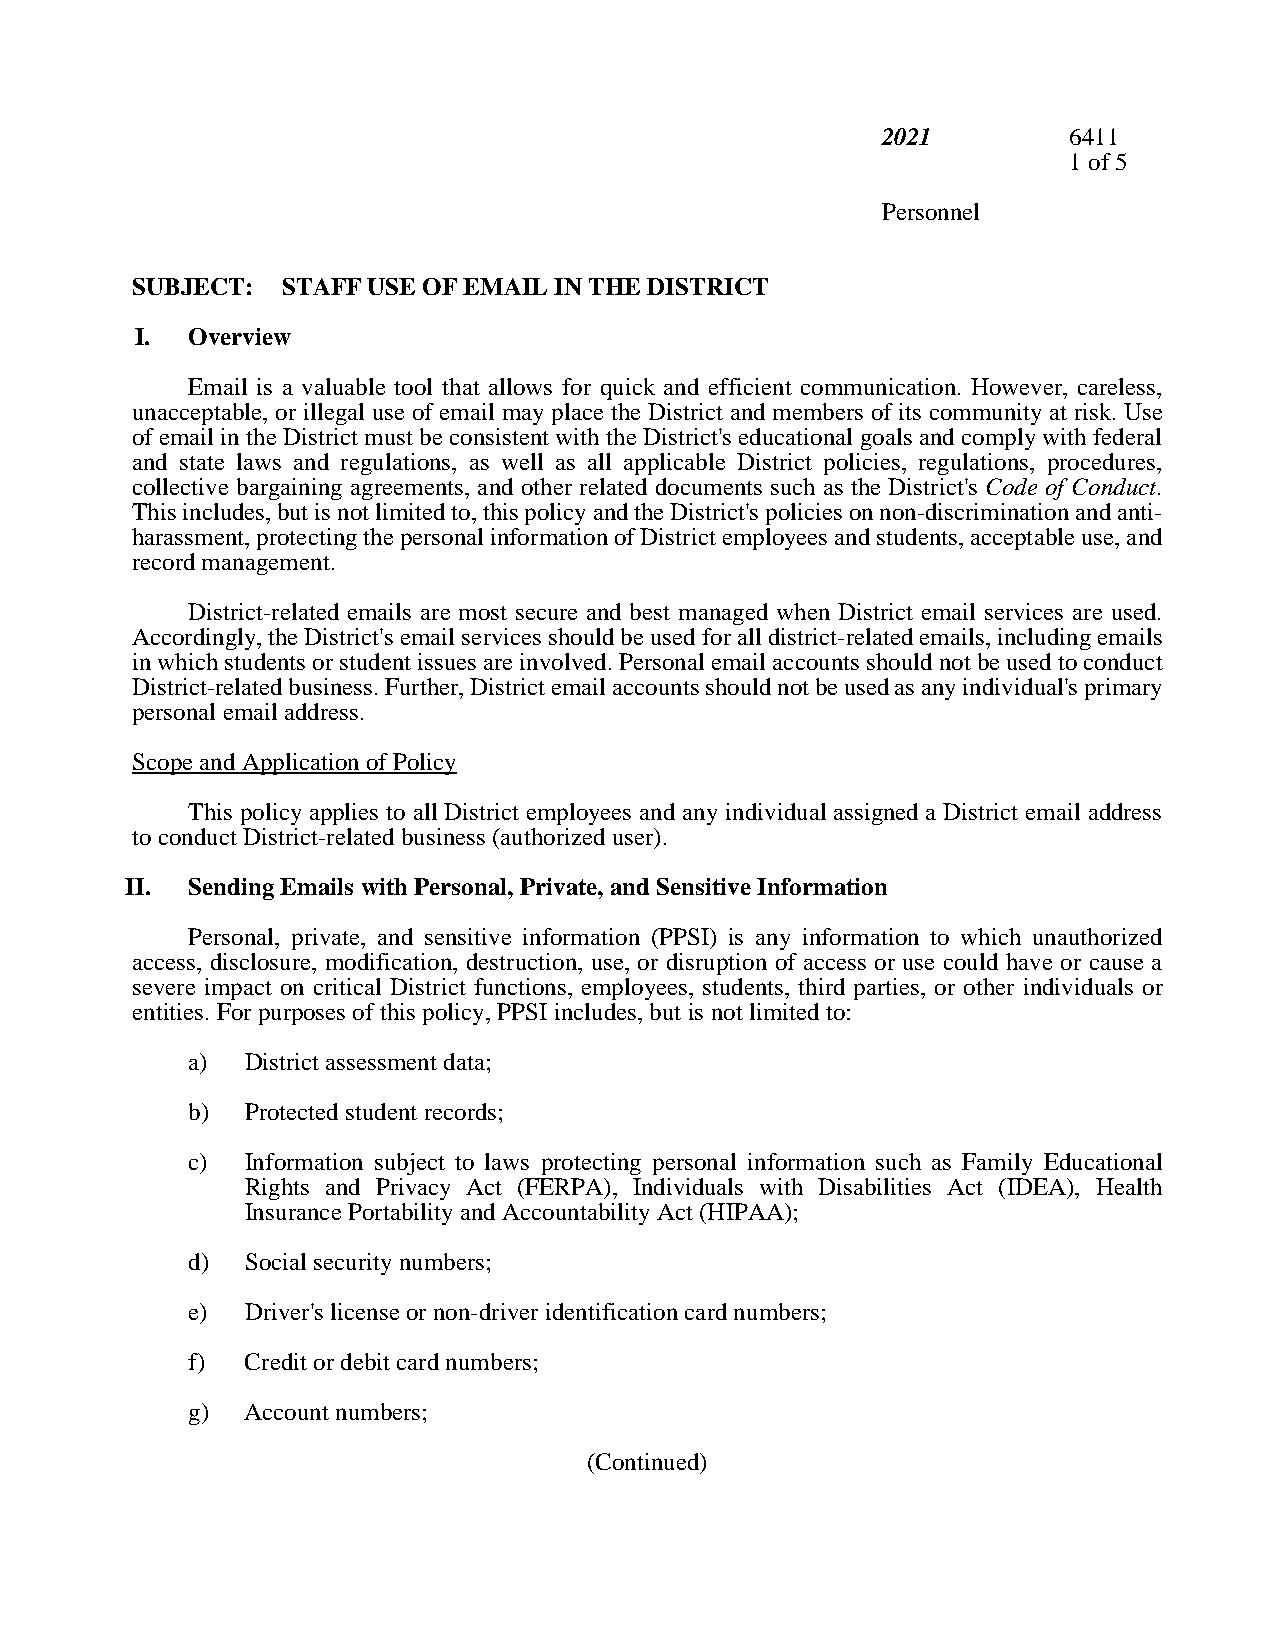
2021         6411
 1 of 5
 Personnel
 SUBJECT:  STAFF USE OF EMAIL IN THE DISTRICT
 I. Overview
 Email is a valuable tool that allows for quick and efficient communication. However, careless,
 unacceptable, or illegal use of email may place the District and members of its community at risk. Use
 of email in the District must be consistent with the District's educational goals and comply with federal
 and state laws and regulations, as well as all applicable District policies, regulations, procedures,
 collective bargaining agreements, and other related documents such as the District's Code of Conduct.
 This includes, but is not limited to, this policy and the District's policies on non-discrimination and anti-
 harassment, protecting the personal information of District employees and students, acceptable use, and
 record management.
 District-related emails are most secure and best managed when District email services are used.
 Accordingly, the District's email services should be used for all district-related emails, including emails
 in which students or student issues are involved. Personal email accounts should not be used to conduct
 District-related business. Further, District email accounts should not be used as any individual's primary
 personal email address.
 Scope and Application of Policy
 This policy applies to all District employees and any individual assigned a District email address
 to conduct District-related business (authorized user).
 II. Sending Emails with Personal, Private, and Sensitive Information
 Personal, private, and sensitive information (PPSI) is any information to which unauthorized
 access, disclosure, modification, destruction, use, or disruption of access or use could have or cause a
 severe impact on critical District functions, employees, students, third parties, or other individuals or
 entities. For purposes of this policy, PPSI includes, but is not limited to:
 a)  District assessment data;
 b)  Protected student records;
 c)  Information subject to laws protecting personal information such as Family Educational
 Rights and Privacy Act (FERPA), Individuals with Disabilities Act (IDEA), Health
 Insurance Portability and Accountability Act (HIPAA);
 d)  Social security numbers;
 e)  Driver's license or non-driver identification card numbers;
 f)  Credit or debit card numbers;
 g)  Account numbers;
 (Continued)